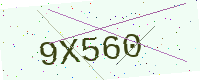
Text: 9X560